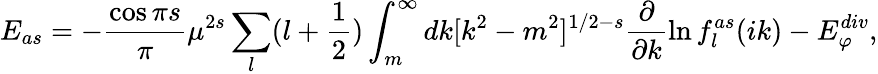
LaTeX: E_{as}=-{\frac{\cos{\pi s}}{\pi}}\mu^{2s}\sum_{l}(l+\frac 12)\int_{m}^{\infty}dk[k^{2}-m^{2}]^{1/2-s}\frac{\partial}{\partial k}\ln f_{l}^{as}(ik)-E_{\varphi}^{div},